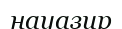
науазир